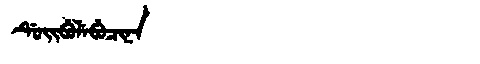
Manchu: ᡩᡠᡳᠪᡠᠯᡝᠪᡠᠴᡳᠨᠠ
Romanization: DUIBULEBUCINA